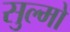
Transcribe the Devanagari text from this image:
सुल्मो